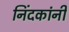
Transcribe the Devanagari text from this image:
निंदकांनी